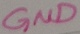
Text: GND